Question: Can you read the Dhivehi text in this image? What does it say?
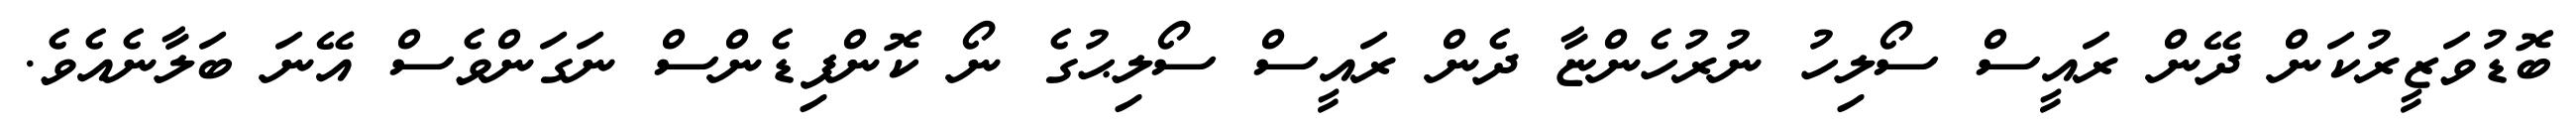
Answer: ބޮޑުވަޒީރުކަން ދޭން ރައީސް ސޯލިހު ނުރުހެންޏާ ދެން ރައީސް ސޯލިޙުގެ ނޯ ކޮންފިޑެންސް ނަގަންވެސް އޭނަ ބަލާނެއެވެ.